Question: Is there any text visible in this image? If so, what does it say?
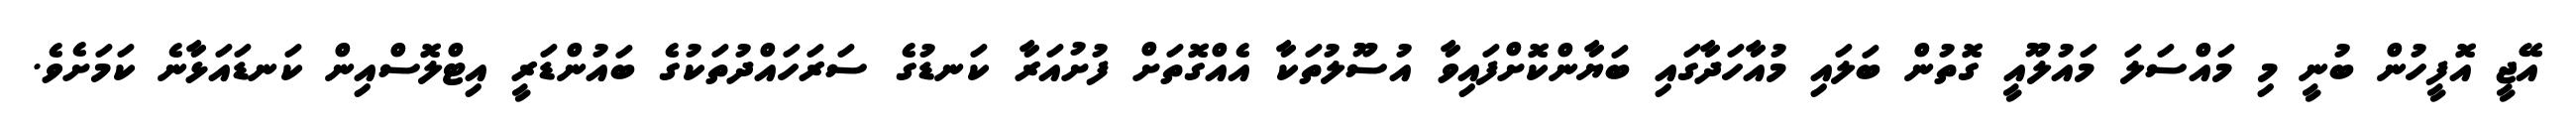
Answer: އޭޖީ އޮފީހުން ބުނީ މި މައްސަލަ މައުލޫއީ ގޮތުން ބަލައި މުއާހަދާގައި ބަޔާންކޮށްފައިވާ އުސޫލުތަކާ އެއްގޮތަށް ފުށުއަރާ ކަނޑުގެ ސަރަހައްދުތަކުގެ ބައުންޑަރީ އިޓްލޮސްއިން ކަނޑައަޅާނެ ކަމަށެވެ.